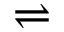
\rightleftharpoons